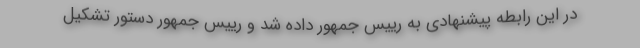
در اين رابطه پیشنهادى به رییس جمهور داده شد و رییس جمهور دستور تشکیل